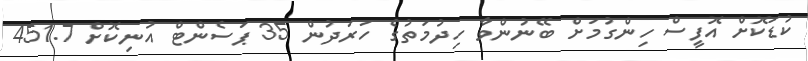
ކުޑަކޮށް އޮފީސް ހިންގުމަށް ބޭނުންވާ ހިދުމަތުގެ ހަރަދުން 35 ޕަސެންޓް އުނިކޮށް 451.7